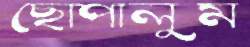
ছোপালুম